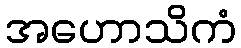
အဟောသိကံ